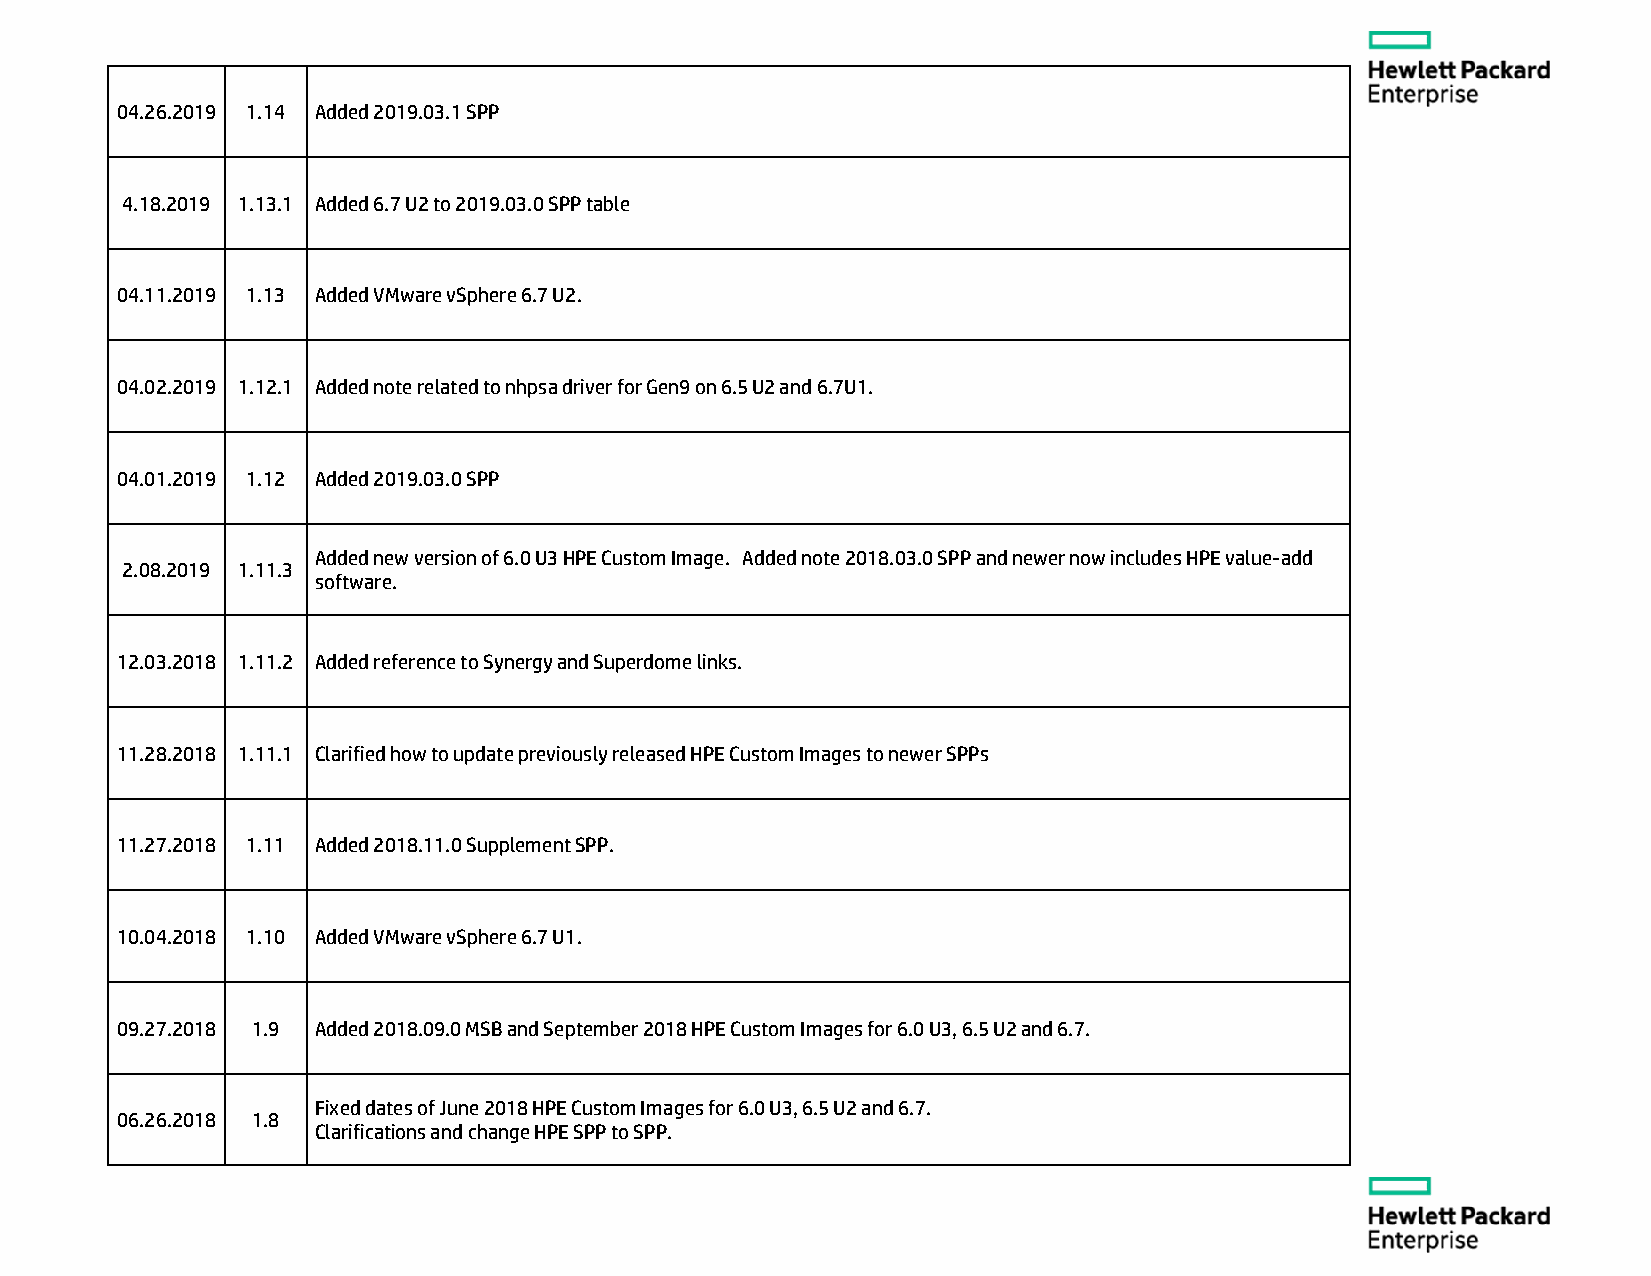
04.26.2019 1.14 Added 2019.03.1 SPP
 4.18.2019 1.13.1 Added 6.7 U2 to 2019.03.0 SPP table
 04.11.2019 1.13 Added VMware vSphere 6.7 U2.
 04.02.2019 1.12.1 Added note related to nhpsa driver for Gen9 on 6.5 U2 and 6.7U1.
 04.01.2019 1.12 Added 2019.03.0 SPP
 Added new version of 6.0 U3 HPE Custom Image. Added note 2018.03.0 SPP and newer now includes HPE value-add
 2.08.2019 1.11.3
 software.
 12.03.2018 1.11.2 Added reference to Synergy and Superdome links.
 11.28.2018 1.11.1 Clarified how to update previously released HPE Custom Images to newer SPPs
 11.27.2018 1.11 Added 2018.11.0 Supplement SPP.
 10.04.2018 1.10 Added VMware vSphere 6.7 U1.
 09.27.2018 1.9 Added 2018.09.0 MSB and September 2018 HPE Custom Images for 6.0 U3, 6.5 U2 and 6.7.
 Fixed dates of June 2018 HPE Custom Images for 6.0 U3, 6.5 U2 and 6.7.
 06.26.2018 1.8
 Clarifications and change HPE SPP to SPP.